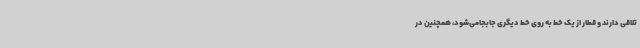
تلاقی دارند و قطار از یک خط به روی خط دیگری جابجامی‌شود، همچنین در